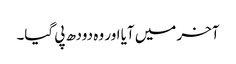
آخر میں آیا اور وہ دودھ پی گیا۔